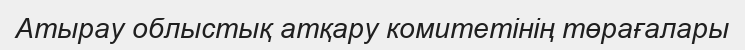
Атырау облыстық атқару комитетінің төрағалары